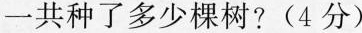
1.一(1)班的同学植树节去种树，上午种了7棵树，下午种了8棵树，